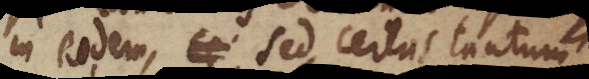
in eodem, sed certus tantum